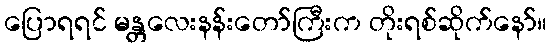
ပြောရရင် မန္တလေးနန်းတော်ကြီးက တိုးရစ်ဆိုက်နော်။